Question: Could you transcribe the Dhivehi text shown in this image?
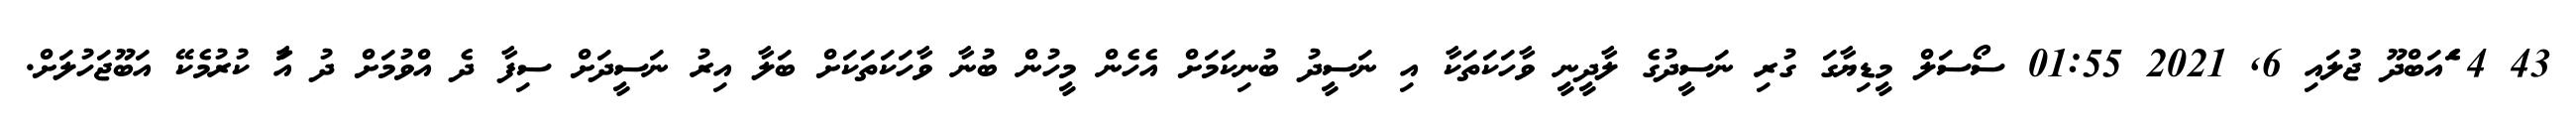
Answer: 43 4 ެަެއަބްދޫ ޖުލައި 6, 2021 01:55 ސޯސަލް މީޑިޔާގަ ގުރި ނަސީދުގެ ލާދީނީ ވާހަކަތަކާ އި ނަސީދު ބުނިކަމަށް އެހެން މީހުން ބުނާ ވާހަކަތަކަށް ބަލާ އިރު ނަސީދަށް ސިފާ ދެ އްވުމަށް ދު އަާ ކުރުމެކޭ އަބޫޖަހުލަށް.